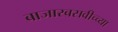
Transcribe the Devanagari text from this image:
बाजारबसवीच्च्या